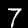
Label: 7